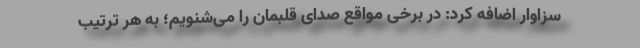
سزاوار اضافه کرد: در برخی مواقع صدای قلبمان را می‌شنویم؛ به هر ترتیب